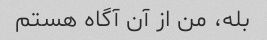
بله، من از آن آگاه هستم